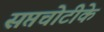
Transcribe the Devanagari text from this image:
सप्तचोटीके